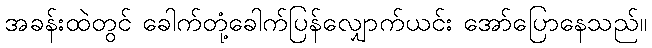
အခန်းထဲတွင် ခေါက်တုံ့ခေါက်ပြန်လျှောက်ယင်း အော်ပြောနေသည်။